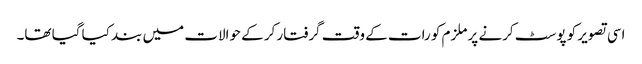
اسی تصویر کو پوسٹ کرنے پر ملزم کو رات کے وقت گرفتار کر کے حوالات میں بند کیا گیا تھا۔